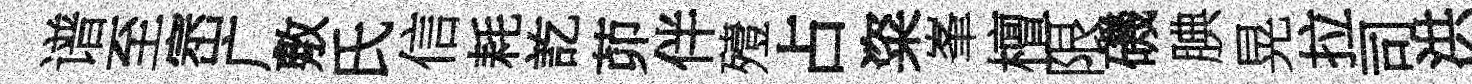
谱至崈广敷氏信耗訖茆伴殪占粢峯檀限磯腆晃拉司洪